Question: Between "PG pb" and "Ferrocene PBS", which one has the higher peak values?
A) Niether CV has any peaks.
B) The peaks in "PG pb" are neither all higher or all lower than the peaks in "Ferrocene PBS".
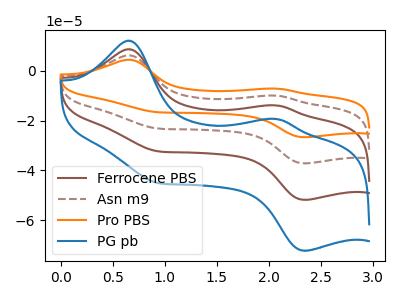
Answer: <think>The brown curve "Ferrocene PBS" has anodic peaks at (0.65V, 8.70uA) (2.05V, -13.85uA) and cathodic peaks at (0.90V, -32.25uA) (2.35V, -51.90uA). The brown dashed curve "Asn m9" has anodic peaks at (0.65V, 17.45uA) (2.05V, -27.75uA) and cathodic peaks at (0.90V, -64.50uA) (2.35V, -103.80uA). The orange curve "Pro PBS" has anodic peaks at (0.65V, 26.15uA) (2.05V, -41.60uA) and cathodic peaks at (0.90V, -96.75uA) (2.35V, -155.70uA). The blue curve "PG pb" has anodic peaks at (0.65V, 12.15uA) (2.05V, -19.35uA) and cathodic peaks at (0.90V, -45.00uA) (2.35V, -72.40uA).</think>
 <answer>B) The peaks in "PG pb" are neither all higher or all lower than the peaks in "Ferrocene PBS".</answer>
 <eval>B</eval>